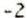
-2